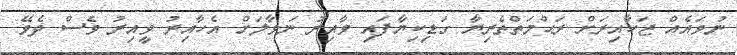
ނުވައެއް ޖަހާއިރަށް ރަޙްމަތްތެރިޔާ ގަޑިކިޔާފައި ވާއިރު ނަވާލަށް އެހާއިރު ވީއިރު ވެސް ދެވޭ